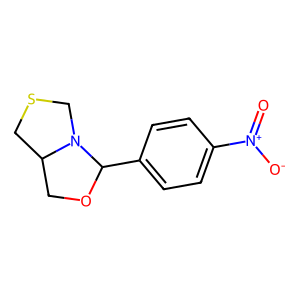
SMILES: O=[N+]([O-])c1ccc(C2OCC3CSCN32)cc1
Inhibits HIV replication: No